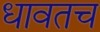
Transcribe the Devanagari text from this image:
धावतच